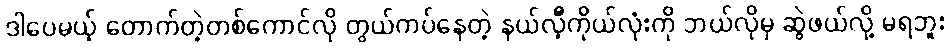
ဒါပေမယ့် တောက်တဲ့တစ်ကောင်လို တွယ်ကပ်နေတဲ့ နယ်လီ့ကိုယ်လုံးကို ဘယ်လိုမှ ဆွဲဖယ်လို့ မရဘူး